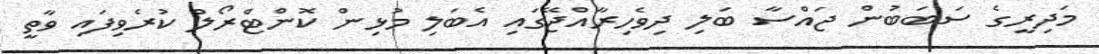
މަދިރީގެ ސަބަބުން ޖައްސާ ބަލި ދިވެހިރާއްޖޭގައި އެބަލި މުޅިން ކޮންޓްރޯލް ކުރެވިފައި ވާތީ